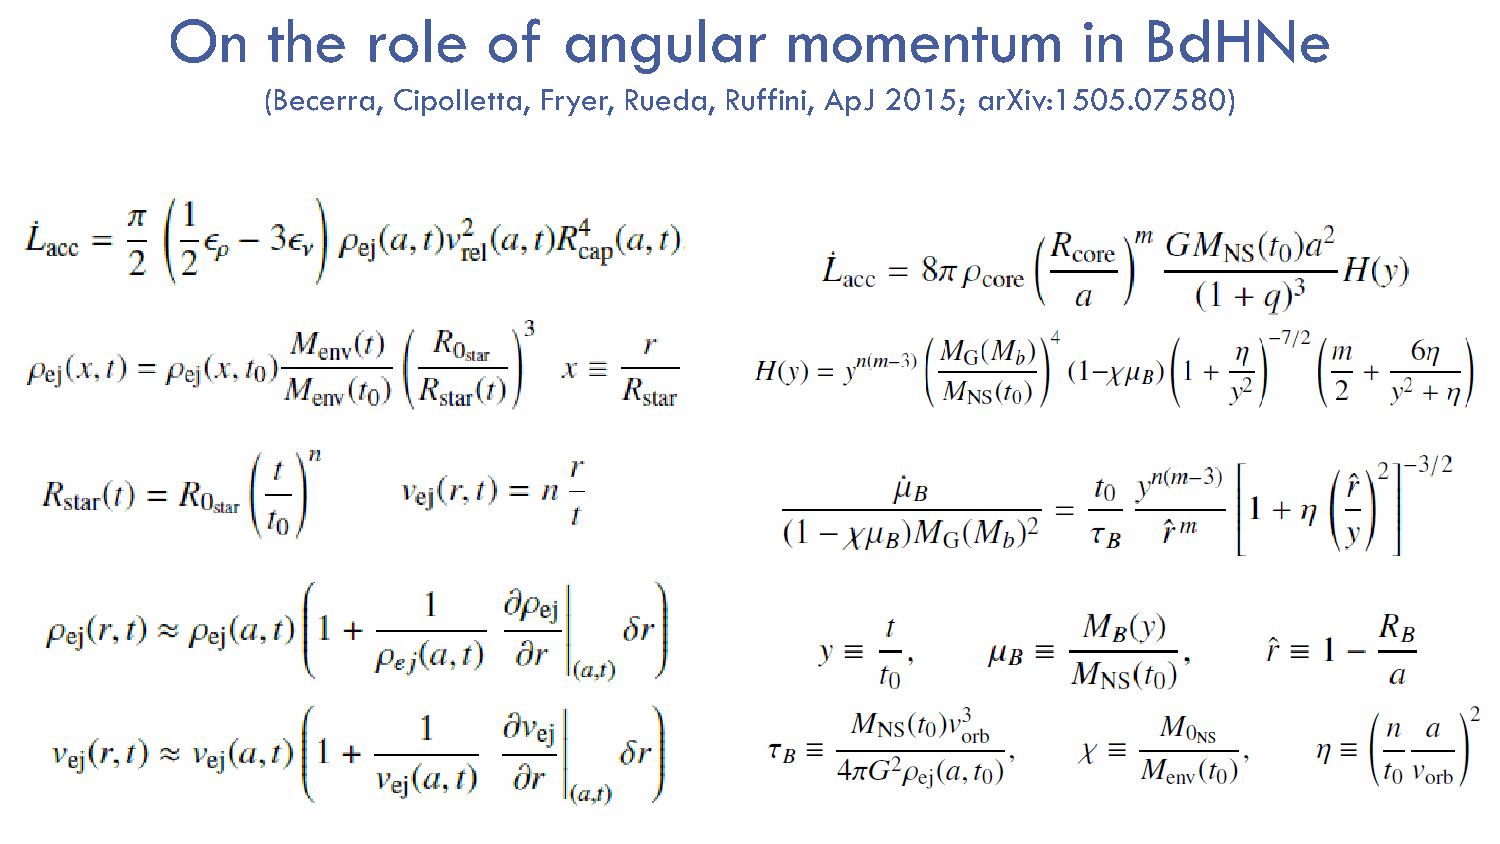
On     the   role    of   angular        momentum            in  BdHNe
 (Becerra, Cipolletta, Fryer, Rueda, Ruffini, ApJ 2015; arXiv:1505.07580)